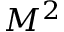
M ^ { 2 }